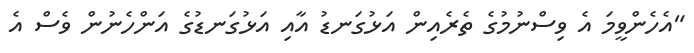
"އެހެންވީމަ އެ ވިސްނުމުގެ ތެރެއިން އަޅުގަނޑު އާއި އަޅުގަނޑުގެ އަންހެނުން ވެސް އެ